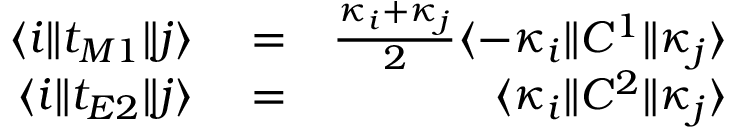
\begin{array} { r l r } { \langle i \| t _ { M 1 } \| j \rangle } & { { } = } & { \frac { \kappa _ { i } + \kappa _ { j } } { 2 } \langle - \kappa _ { i } \| C ^ { 1 } \| \kappa _ { j } \rangle } \\ { \langle i \| t _ { E 2 } \| j \rangle } & { { } = } & { \langle \kappa _ { i } \| C ^ { 2 } \| \kappa _ { j } \rangle } \end{array}